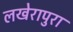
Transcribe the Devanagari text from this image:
लखेरापुरा